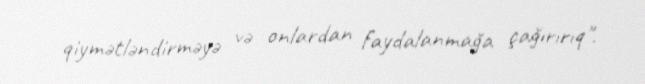
qiymətləndirməyə və onlardan faydalanmağa çağırırıq".